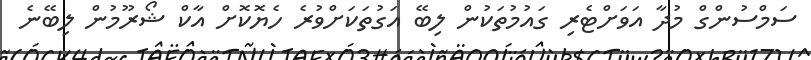
ސަމްސުންގް މުދާ އަވަށްޓެރި ގައުމުތަކުން ލިބޭ އަގުތަކަށްވުރެ ހެޔޮކޮށް އާކް ޝޯރޫމުން ލިބޭނެ